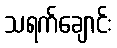
သရက်ချောင်း